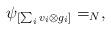
LaTeX: \begin{align*}\psi_{[\sum_i v_i\otimes g_i]}=_N,\end{align*}